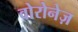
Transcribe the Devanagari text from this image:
वोरोनेज़